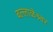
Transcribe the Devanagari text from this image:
बल्लाळेश्र्वर